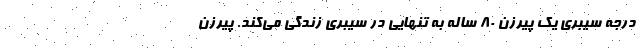
درجه سیبری یک پیرزن ۸۰ ساله به تنهایی در سیبری زندگی می‌کند. پیرزن